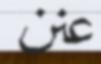
عنن